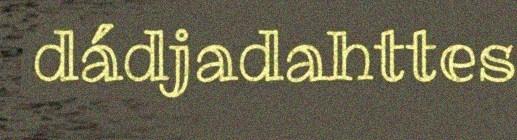
dádjadahttes